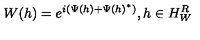
W ( h ) = e ^ { i ( \Psi ( h ) + \Psi ( h ) ^ { * } ) } , h \in H _ { W } ^ { R }